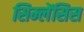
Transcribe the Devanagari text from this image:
सिम्लेंसिस